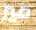
مير